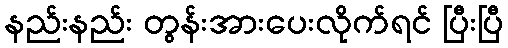
နည်းနည်း တွန်းအားပေးလိုက်ရင် ပြီးပြီ